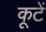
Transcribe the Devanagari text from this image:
कूटें